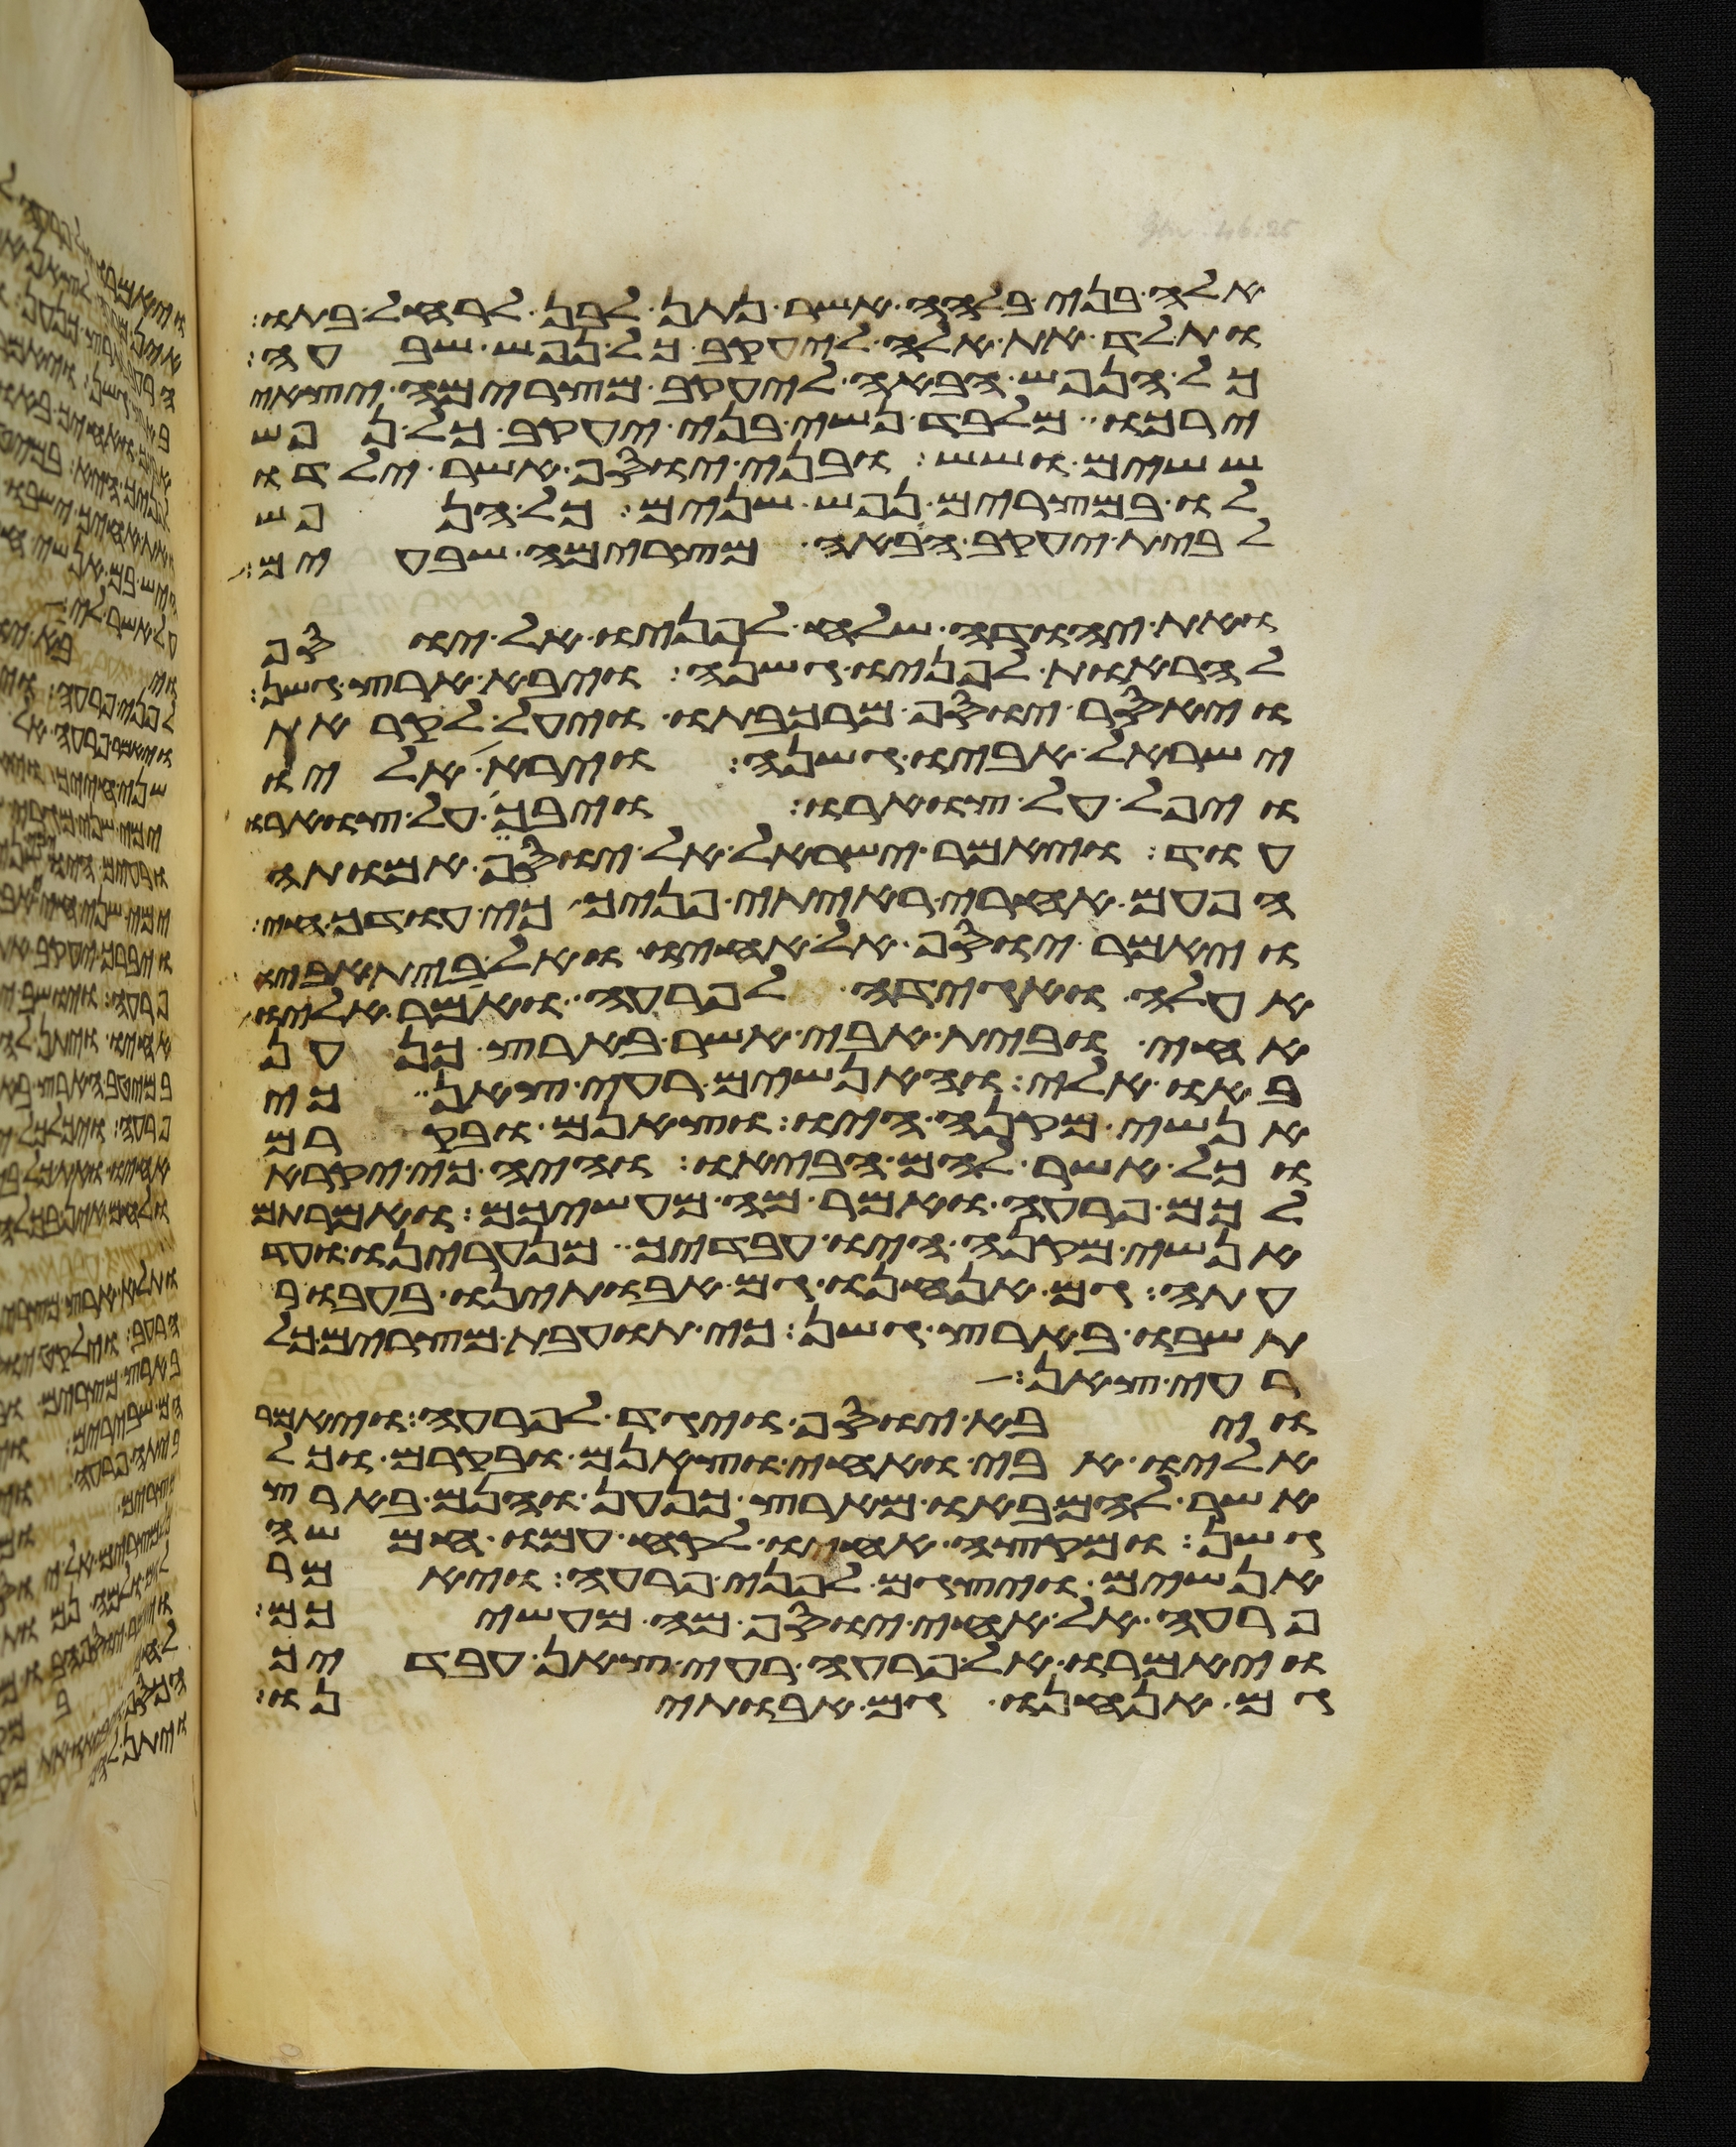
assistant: אלה בני בלהה אשר נתן לבן לרחל בתו
ותלד את אלה ליעקב כל נפש שבע
כל הנפש הבאה ליעקב מצרימה יצאי
ירכו מלבד נשי בני יעקב כל נפש
ששים ושש ובני יוסף אשר ילדו
לו במצרים נפש שנים כל הנפש
לבית יעקב הבאה מצרימה שבעים
ואת יהודה שלח לפניו אל יוסף
להראות לפניו גשנה ויבא ארץ גשן
ויאסר יוסף מרכבתו ויעל לקראת
ישראל אביו גשנה וירא אליו
ויפל על צוארו ויבך על צוארו
עוד ויאמר ישראל אל יוסף אמותה
הפעם אחרי ראיתי פניך כי עודך חי
ויאמר יוסף אל אחיו ואל בית אביו
אעלה ואגידה לפרעה ואמר אליו
אחי ובית אבי אשר בארץ כנען
באו אלי והאנשים רעי צאן כי
אנשי מקנה היו וצאנם ובקרם
וכל אשר להם הביאו והיה כי יקרא
לכם פרעה ואמר מה מעשיכם ואמרתם
אנשי מקנה היו עבדיך מנערינו ועד
עתה גם אנחנו גם אבתינו בעבור
תשבו בארץ גשן כי תועבת מצרים כל
רעי צאן
ויבא יוסף ויגד לפרעה ויאמר
אליו אבי ואחי וצאנם ובקרם וכל
אשר להם באו מארץ כנען והנם בארץ
גשן ומקצה אחיו לקח עמו חמשה
אנשים ויצגם לפני פרעה ויאמר
פרעה אל אחי יוסף מה מעשיכם
ויאמרו אל פרעה רעי צאן עבדיך
גם אנחנו גם אבתינו